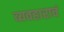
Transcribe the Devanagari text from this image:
व्यवहाराचं